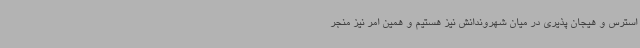
استرس و هیجان پذیری در میان شهروندانش نیز هستیم و همین امر نیز منجر